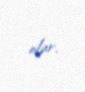
olur.